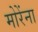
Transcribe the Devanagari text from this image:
मोरेंना